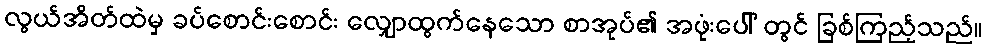
လွယ်အိတ်ထဲမှ ခပ်စောင်းစောင်း လျှောထွက်နေသော စာအုပ်၏ အဖုံးပေါ် တွင် ခြစ်ကြည့်သည်။